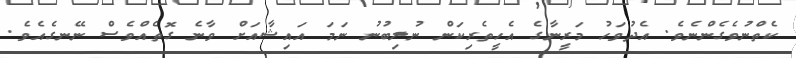
ކެތްނުވެގެންނެވެ. އެދުވަހު މަރީނާގެ އެހީތެރިކަން ނުލިބުނު ނަމަ އައިޝާއަށް ވާނެ ގޮތެއްވެސް ނޭނގެއެވެ.